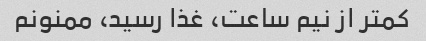
کمتر از نیم ساعت، غذا رسید، ممنونم